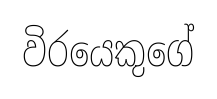
විරයෙකුගේ